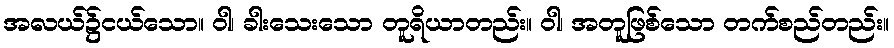
အလယ်၌ငယ်သော။ ဝါ၊ ခါးသေးသော တူရိယာတည်း။ ဝါ၊ အတူဖြစ်သော တက်စည်တည်း။